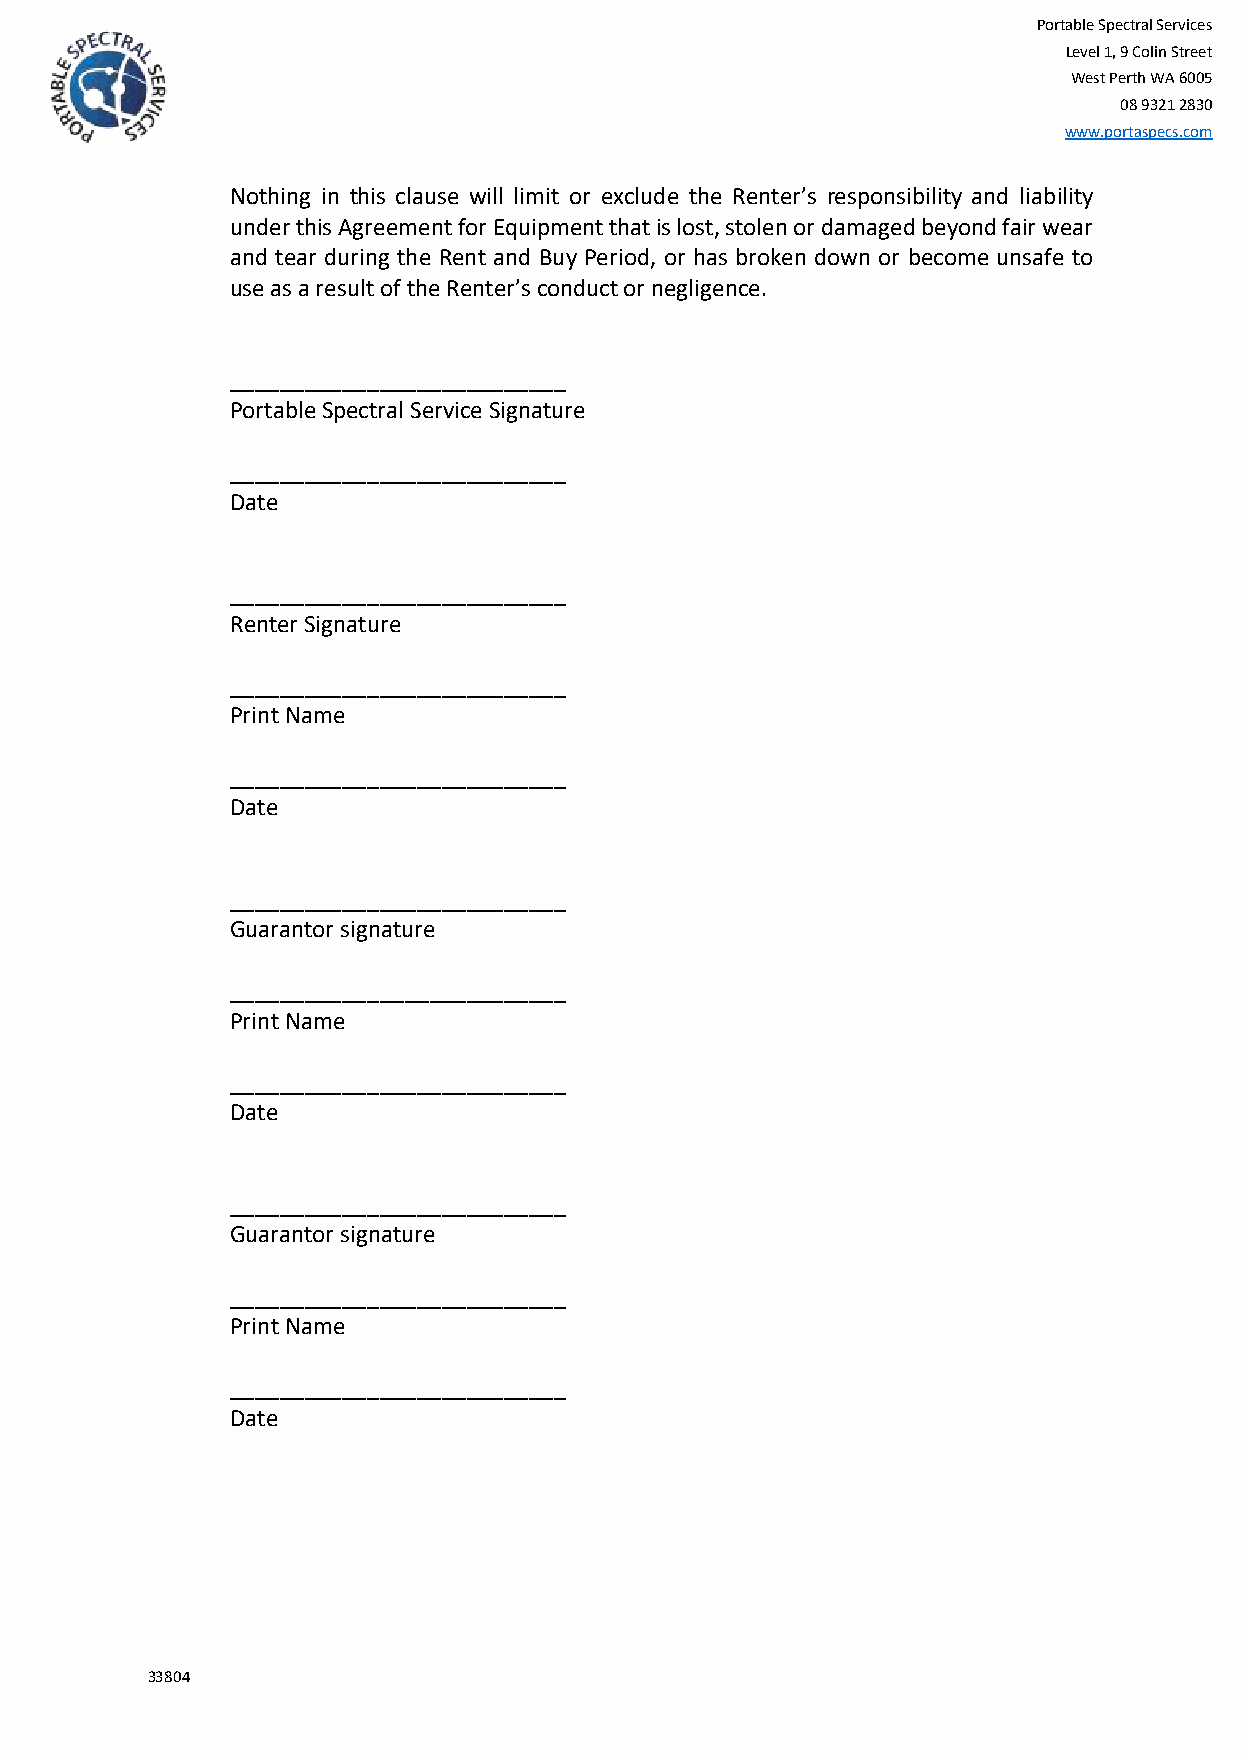
Portable Spectral Services
 Level 1, 9 Colin Street
 West Perth WA 6005
 08 9321 2830
 www.portaspecs.com
 Nothing in this clause will limit or exclude the Renter’s responsibility and liability
 under this Agreement for Equipment that is lost, stolen or damaged beyond fair wear
 and tear during the Rent and Buy Period, or has broken down or become unsafe to
 use as a result of the Renter’s conduct or negligence.
 ___________________________
 Portable Spectral Service Signature
 ___________________________
 Date
 ___________________________
 Renter Signature
 ___________________________
 Print Name
 ___________________________
 Date
 ___________________________
 Guarantor signature
 ___________________________
 Print Name
 ___________________________
 Date
 ___________________________
 Guarantor signature
 ___________________________
 Print Name
 ___________________________
 Date
 33804